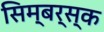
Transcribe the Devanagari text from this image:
सिम्बर्स्क